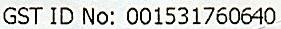
GST ID NO: 001531760640